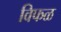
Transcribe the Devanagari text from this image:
विफळ